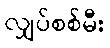
လျှပ်စစ်မီး